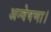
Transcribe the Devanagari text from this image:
अन्वेषणा।